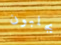
يجلبون